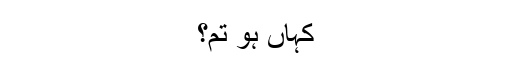
کہاں ہو تم؟